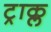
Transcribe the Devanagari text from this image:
ट्राक्ल